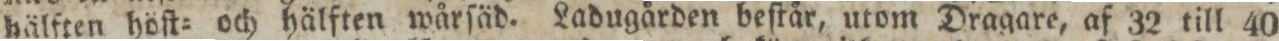
hälften höſt= och hälften wårſäd. Ladugården beſtår, utom Dragare, af 32 till 40